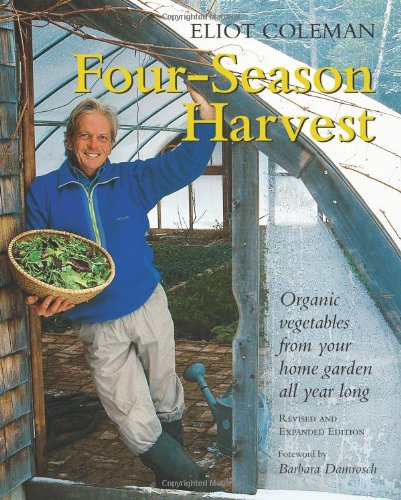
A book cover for Four-Season Harvest: Organic Vegetables from Your Home Garden All Year Long, 2nd Edition; Eliot Coleman; Crafts, Hobbies & Home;